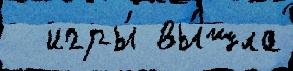
  игры́ вы́шла